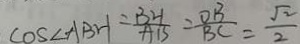
\cos \angle A B H = \frac { B H } { A B } = \frac { O B } { B C } = \frac { \sqrt { 2 } } { 2 }